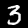
Digit: 3